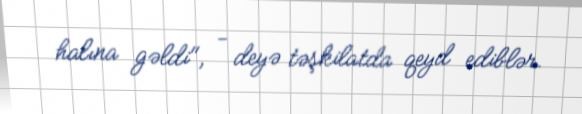
halına gəldi", - deyə təşkilatda qeyd ediblər.